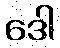
ဒေါ